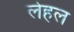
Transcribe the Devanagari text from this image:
लेहल